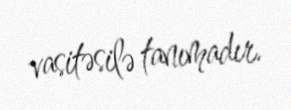
vasitəsilə tanımadır.